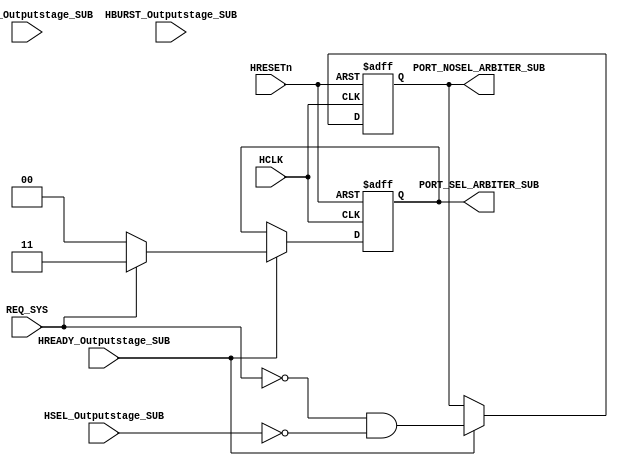
module AHBlite_BusMatrix_Arbiter_SUB(
    input   HCLK,
    input   HRESETn,
    input   REQ_SYS,
    input   HREADY_Outputstage_SUB,
    input   HSEL_Outputstage_SUB,
    input   [1:0]   HTRANS_Outputstage_SUB,
    input   [2:0]   HBURST_Outputstage_SUB,
    output  wire [1:0]  PORT_SEL_ARBITER_SUB,
    output  wire        PORT_NOSEL_ARBITER_SUB
);

reg noport;
wire    noport_next;

assign noport_next  =   (~REQ_SYS)  &   (~HSEL_Outputstage_SUB);        

reg [1:0] selport;
wire    [1:0] selport_next;

assign  selport_next    =   REQ_SYS   ?   2'b11   : 2'b00;
                        
always@(posedge HCLK or negedge HRESETn) begin
    if(~HRESETn) begin
        noport  <=  1'b1;
        selport <=  2'b00;
    end else if(HREADY_Outputstage_SUB) begin
        noport  <=  noport_next;
        selport <=  selport_next;
    end
end

assign  PORT_NOSEL_ARBITER_SUB  =   noport;
assign  PORT_SEL_ARBITER_SUB   =   selport;

endmodule